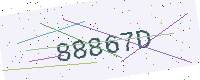
Text: 88867D